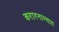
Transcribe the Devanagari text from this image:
करारनाम्यात